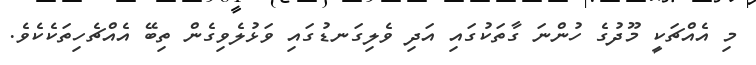
މި އެއްޗަކީ މޫދުގެ ހުންނަ ގާތަކުގައި އަދި ވެލިގަނޑުގައި ވަޅުލެވިގެން ތިބޭ އެއްޗެހިތަކެކެވެ.